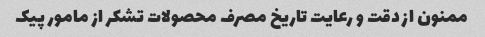
ممنون از دقت و رعایت تاریخ مصرف محصولات تشکر از مامور پیک